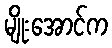
မျိုးအောင်က